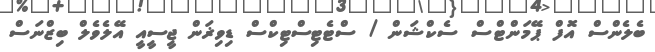
ބެލެންސް އޮފް ޕޭމަންޓްސް ސެކްޝަން / ސްޓެޓިސްޓިކްސް ޑިވިޜަން ޖީސީއީ އޭލެވެލް ބިޒްނަސް